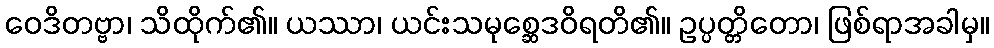
ဝေဒိတဗ္ဗာ၊ သိထိုက်၏။ ယဿာ၊ ယင်းသမုစ္ဆေဒဝိရတိ၏။ ဥပ္ပတ္တိတော၊ ဖြစ်ရာအခါမှ။